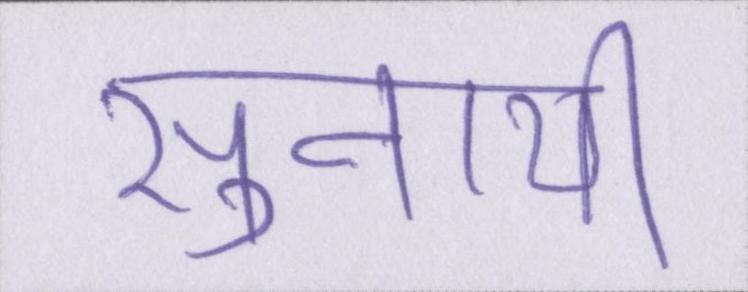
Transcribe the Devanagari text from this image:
सुनायी